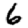
Digit: 6